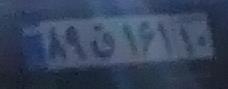
۸۹ق۱۶‍۱۱۰